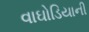
વાઘોડિયાની